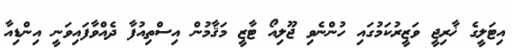
އިޓަލީގެ ޚާރިޖީ ވަޒީރުކަމުގައި ހުންނެވި ޖޫލިއޯ ޓާޒީ މަޤާމުން އިސްތިއުފާ ދެއްވާފައިވަނީ އިންޑިއާ